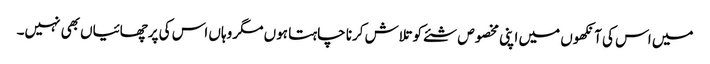
میں اس کی آنکھوں میں اپنی مخصوص شئے کو تلاش کرنا چاہتا ہوں مگر وہاں اس کی پرچھائیاں بھی نہیں۔